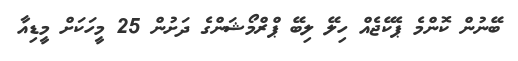
ބޭނުން ކޮންމެ ޕެކޭޖެއް ހިލޭ ލިބޭ ޕްރްމޯޝަންގެ ދަށުން 25 މީހަކަށް މީޑިއާ